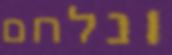
ונלחם